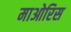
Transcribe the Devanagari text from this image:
माओरिस